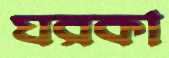
ঘরকা